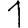
Digit: 1